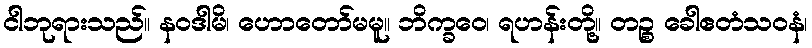
ငါဘုရားသည်။ နဝဒါမိ၊ ဟောတော်မမူ။ ဘိက္ခဝေ၊ ရဟန်းတို့။ တဉ္စ ခေါဧတံသဝနံ၊